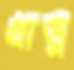
খাতু